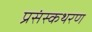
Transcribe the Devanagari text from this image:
प्रसंस्कथरण